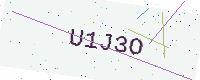
Text: U1J3O